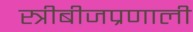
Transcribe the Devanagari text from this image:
स्त्रीबीजप्रणाली